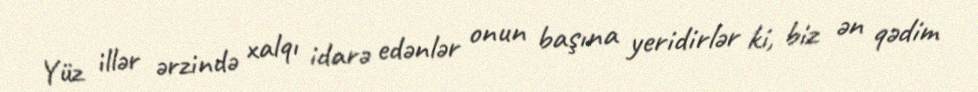
Yüz illər ərzində xalqı idarə edənlər onun başına yeridirlər ki, biz ən qədim